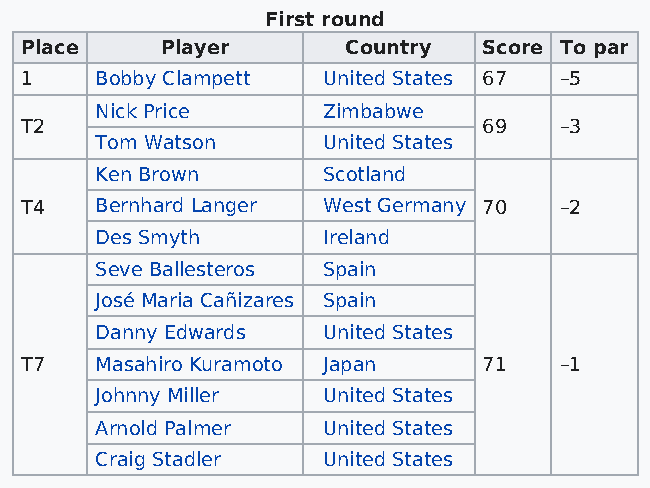
First round
 Place     Player      Country  Score To par
 1    Bobby Clampett United States 67 –5
 Nick Price     Zimbabwe
 T2                             69   –3
 Tom Watson     United States
 Ken Brown      Scotland
 T4   Bernhard Langer West Germany 70 –2
 Des Smyth      Ireland
 Seve Ballesteros Spain
 José Maria Cañizares Spain
 Danny Edwards  United States
 T7   Masahiro Kuramoto Japan   71   –1
 Johnny Miller  United States
 Arnold Palmer  United States
 Craig Stadler  United States